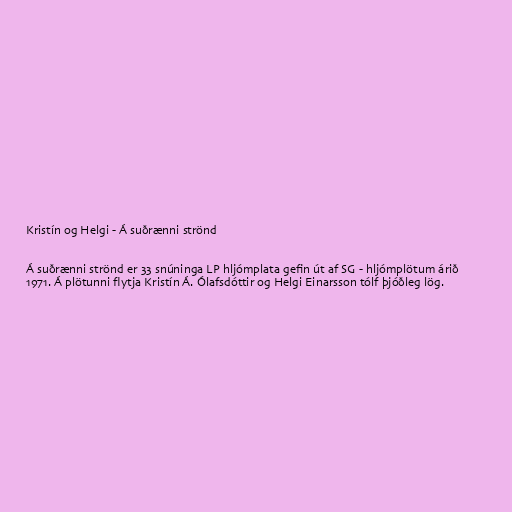
Kristín og Helgi - Á suðrænni strönd

Á suðrænni strönd er 33 snúninga LP hljómplata gefin út af SG - hljómplötum árið
1971. Á plötunni flytja Kristín Á. Ólafsdóttir og Helgi Einarsson tólf þjóðleg lög.